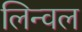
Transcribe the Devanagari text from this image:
लिन्वल